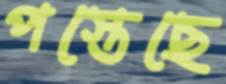
পস্তেছে